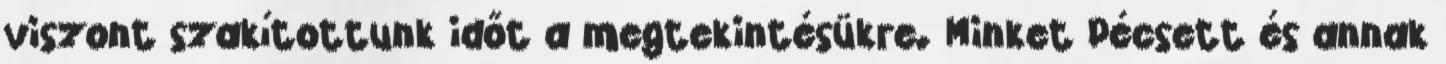
viszont szakítottunk időt a megtekintésükre. Minket Pécsett és annak